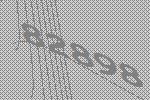
82898